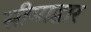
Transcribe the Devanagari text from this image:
सीमाद्वार